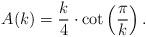
LaTeX: \begin{align*} A_{}(k)=\frac{k}{4}\cdot\cot\left(\frac{\pi}{k}\right).\end{align*}